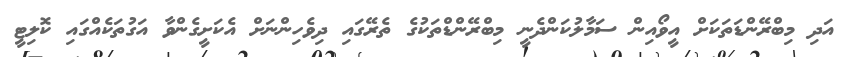
އަދި މިބްރޭންޑަތަކަށް އީވޯއިން ސަމާލުކަންދެނީ މިބްރޭންޑްތަކުގެ ތެރޭގައި ދިވެހިންނަށް އެކަށީގެންވާ އަގުތަކެއްގައި ކޮލިޓީ